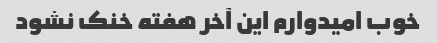
خوب امیدوارم این آخر هفته خنک نشود